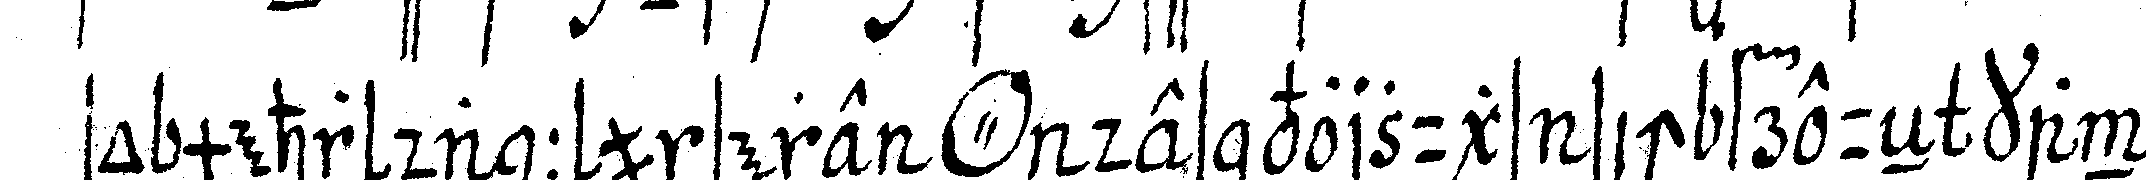
so mehr dann unsere *o* des vorzugs sich freueN kan